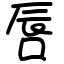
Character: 唇